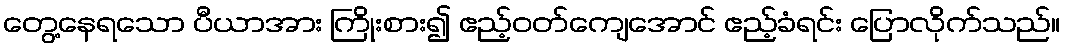
တွေ့နေရသော ပီယာအား ကြိုးစား၍ ဧည့်ဝတ်ကျေအောင် ဧည့်ခံရင်း ပြောလိုက်သည်။